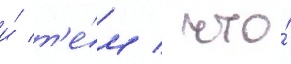
и́ т'е́м / что́